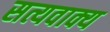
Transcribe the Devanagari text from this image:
सत्यवाक्य